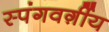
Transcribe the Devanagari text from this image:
स्पंगवर्ग़ीय